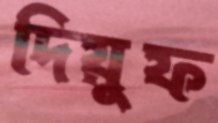
দিয়ুফ